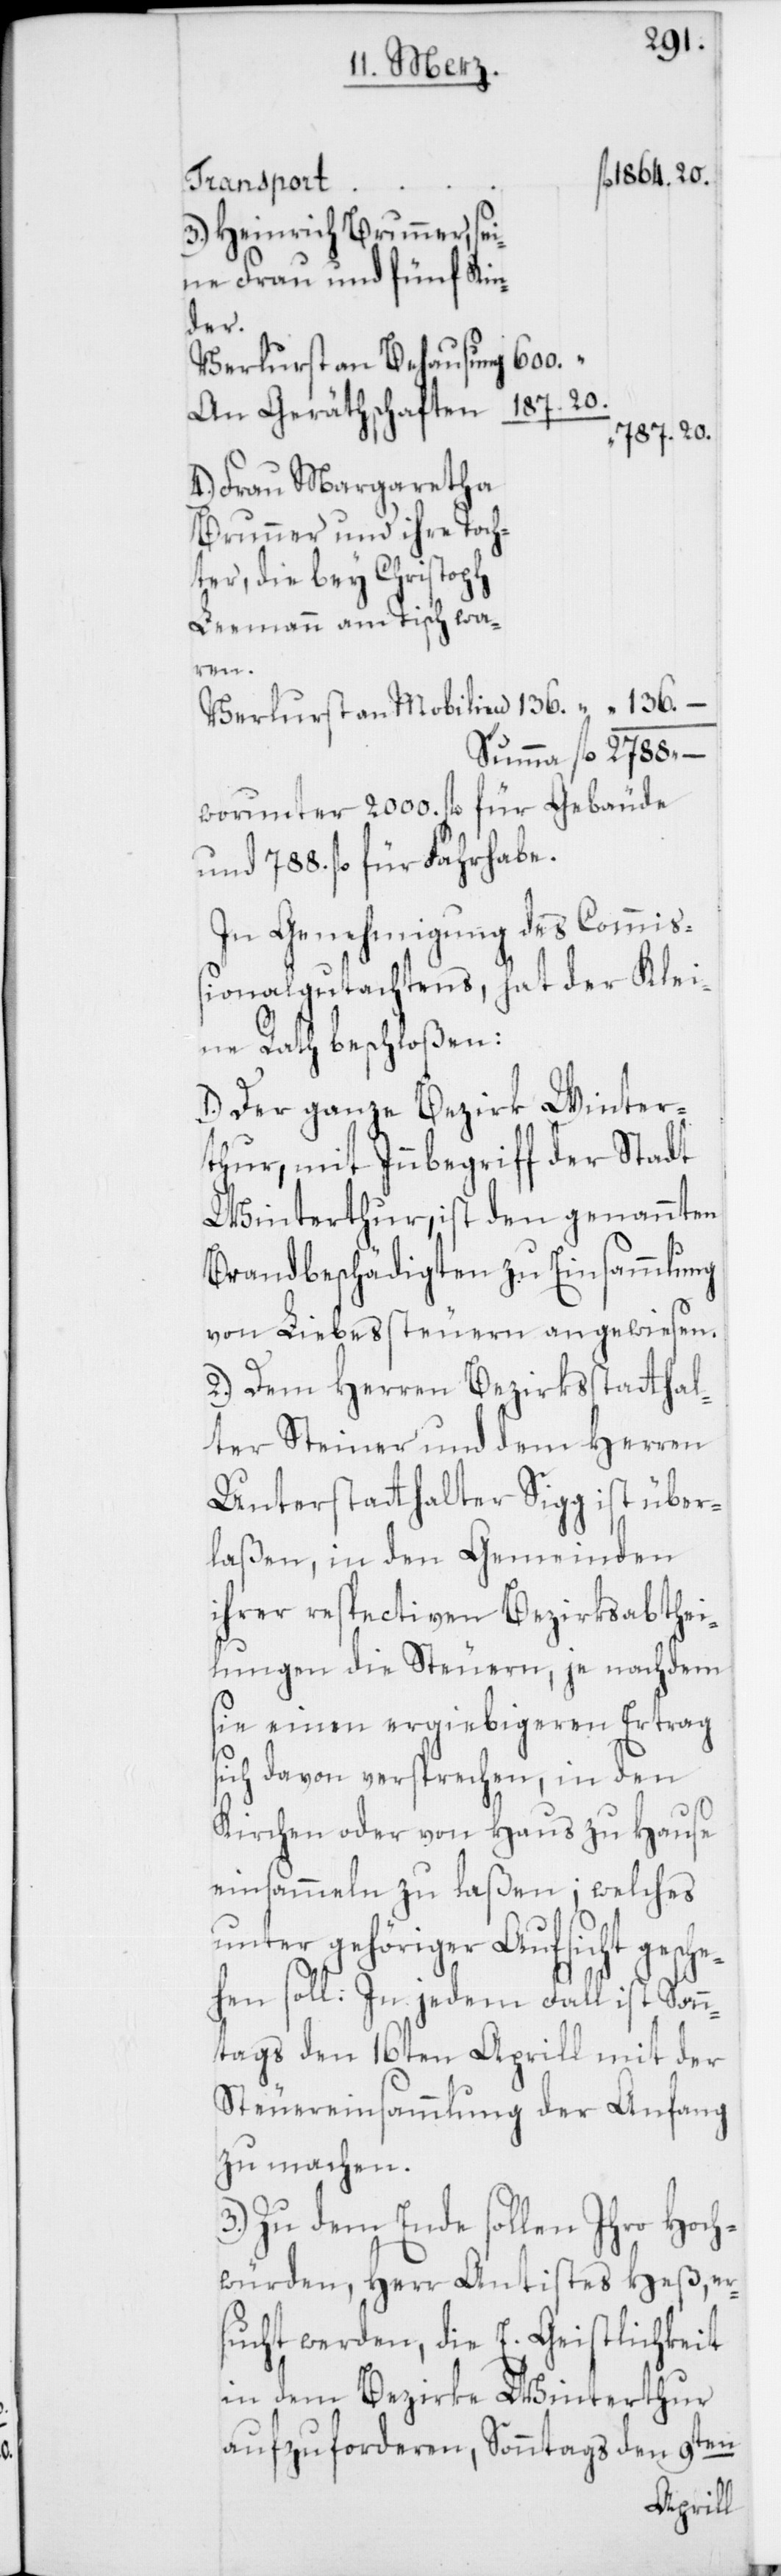
1864. 20.
Transport
3.) Heinrich Brunner,
seine Frau und fünf Kin¬
der.
600. “
Verlust an Behausung
Toch¬
An Geräthschaften
“ 787. 20.
4.) Frau Margaretha
ter, die bey Christoph
Leemann am Tisch wa¬
ren.
Verlust an Mobilien 136. “ “ 136. –
Summa fl. 2788. –
worunter 2000. fl. für Gebäude
und 788. fl. für Fahrhabe.
In Genehmigung des Commiß¬
ionalgutachtens, hat der Klei¬
ne Rath beschloßen:
1.) Der ganze Bezirk Winter¬
thur, mit Inbegriff der Stadt
Winterthur, ist den genannten
Brandbeschädigten zu Einsammlung
von Liebeßteuern angewiesen.
2.) Dem Herren Bezirksstatthal¬
ter Steiner und dem Herren
Unterstatthalter Sigg ist über¬
laßen, in den Gemeinden
ihrer respectiven Bezirksabthei¬
lungen die Steuern, je nach dem
sie einen ergiebigeren Ertrag
sich davon versprechen, in den
Kirchen oder von Haus zu Hause
einsammeln zu laßen; welches
unter gehöriger Aufsicht gesche¬
hen soll. In jedem Fall ist Sonn¬
tags den 16ten Aprill mit der
Steuereinsammlung der Anfang
zu machen.
3.) Zu dem Ende sollen Ihro Hoch¬
würden, Herr Antistes Heß, ers¬
ucht werden, die E. Geistlichkeit
in dem Bezirke Winterthur
aufzuforderen, Sonntags den 9ten